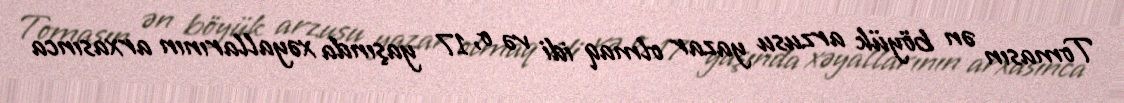
Tomasın ən böyük arzusu yazar olmaq idi və o, 17 yaşında xəyallarının arxasınca